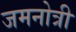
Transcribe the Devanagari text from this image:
जमनोत्री